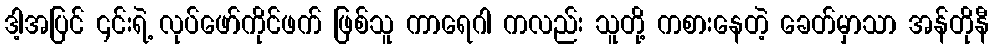
ဒါ့အပြင် ၎င်းရဲ့ လုပ်ဖော်ကိုင်ဖက် ဖြစ်သူ ကာရေဂါ ကလည်း သူတို့ ကစားနေတဲ့ ခေတ်မှာသာ အန်တိုနီ